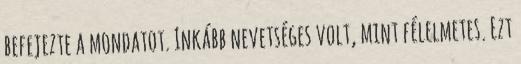
befejezte a mondatot. Inkább nevetséges volt, mint félelmetes. Ezt